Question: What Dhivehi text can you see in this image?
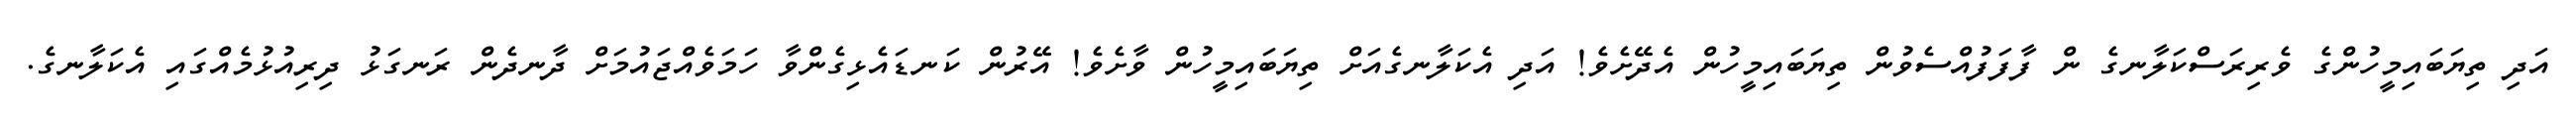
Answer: އަދި ތިޔަބައިމީހުންގެ ވެރިރަސްކަލާނގެ ން ފާފަފުއްސެވުން ތިޔަބައިމީހުން އެދޭށެވެ! އަދި އެކަލާނގެއަށް ތިޔަބައިމީހުން ވާށެވެ! އޭރުން ކަނޑައެޅިގެންވާ ހަމަވެއްޖައުމަށް ދާނދެން ރަނގަޅު ދިރިއުޅުމެއްގައި އެކަލާނގެ.